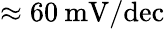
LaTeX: \approx 60\: \mathrm{mV/dec}